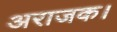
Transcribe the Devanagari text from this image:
अराजक।